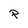
Character: P